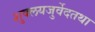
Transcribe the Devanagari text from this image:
शुक्लयजुर्वेदतथा